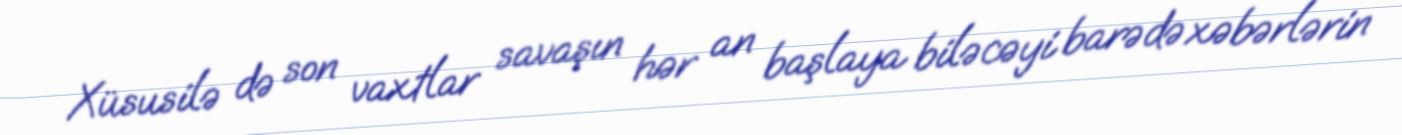
Xüsusilə də son vaxtlar savaşın hər an başlaya biləcəyi barədə xəbərlərin